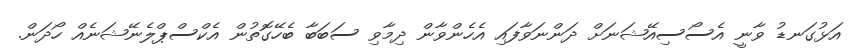
އަޅުގަނޑު ވާނީ އެސޯސިއޭޝަނަށް ދަންނަވާފައި އެހެންވާން ދިމާވި ސަބަބާ ބެހޭގޮތުން އެކްސްޕްލެނޭޝަނެއް ހޯދަން.